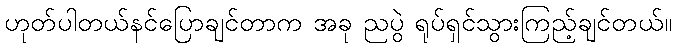
ဟုတ်ပါတယ်နင်ပြောချင်တာက အခု ညပွဲ ရုပ်ရှင်သွားကြည့်ချင်တယ်။